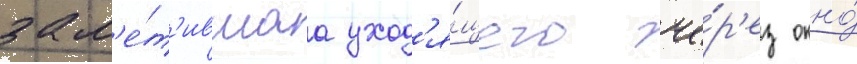
зам'е́т'ившаа уход'я́щего че́р'ез окно́